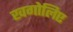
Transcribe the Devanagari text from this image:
खगोलिए